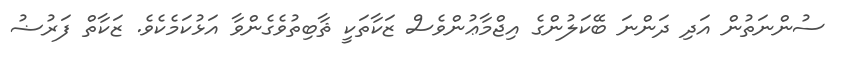
ސުންނަތުން އަދި ދަންނަ ބޭކަލުންގެ އިޖްމާޢުންވެސް ޒަކާތަކީ ޘާބިތުވެގެންވާ އަޅުކަމެކެވެ. ޒަކާތް ފަރުޟު